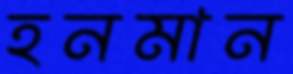
হনমান